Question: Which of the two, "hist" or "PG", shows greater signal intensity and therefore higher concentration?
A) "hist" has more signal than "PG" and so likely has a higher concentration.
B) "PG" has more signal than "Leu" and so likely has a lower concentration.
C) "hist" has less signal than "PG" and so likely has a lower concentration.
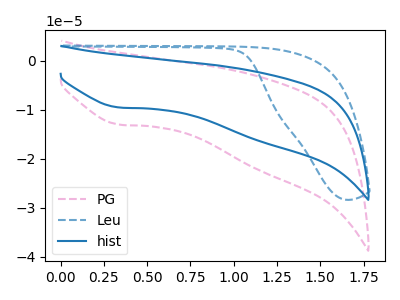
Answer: <think>The pink dashed curve "PG" has a cathodic peak at: (0.35V, -13.05uA). The blue dashed curve "Leu" has no peaks. The blue curve "hist" has a cathodic peak at: (0.35V, -9.55uA).
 All the peaks in "hist" have a peak in "PG" at the same potential. Every peak in "hist" is lower than every peak in "PG".</think>
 <answer>C) "hist" has less signal than "PG" and so likely has a lower concentration.</answer>
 <eval>C</eval>